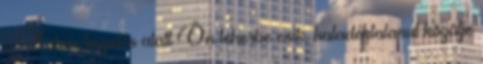
a Xolair kezelés alatt Ön teherbe esik, haladéktalanul közölje